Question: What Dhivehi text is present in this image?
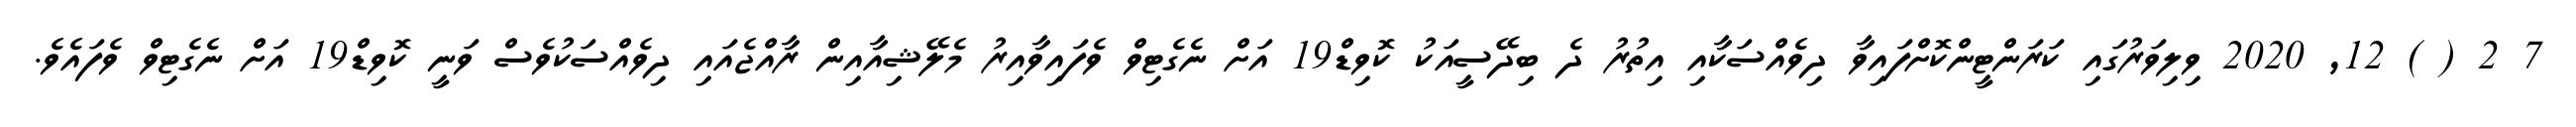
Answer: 7 2 ( ) 12, 2020 ވިލިވަރުގައި ކަރަންޓީންކޮށްފައިވާ ދިވެއްސަކާއި އިތުރު ދެ ބިދޭސީއަކު ކޮވިޑް19 އަށް ނެގެޓިވް ވެފައިވާއިރު މެލޭޝިއާއިން ރާއްޖެއައި ދިވެއްސަކުވެސް ވަނީ ކޮވިޑް19 އަށް ނެގެޓިވް ވެފައެވެ.